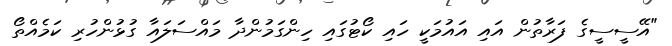
"އޭސީސީގެ ފަރާތުން އައި އައުމަކީ ހައި ކޯޓުގައި ހިންގަމުންދާ މައްސަލައާ ގުޅުންހުރި ކަމެއްތޯ